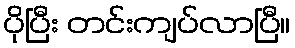
ပိုပြီး တင်းကျပ်လာပြီ။